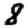
Digit: 8